Bombay plague: being a history of the progress of plague in the Bombay presidency from September 1896 to June 1899
Year: 1896
Disease focus: Plague
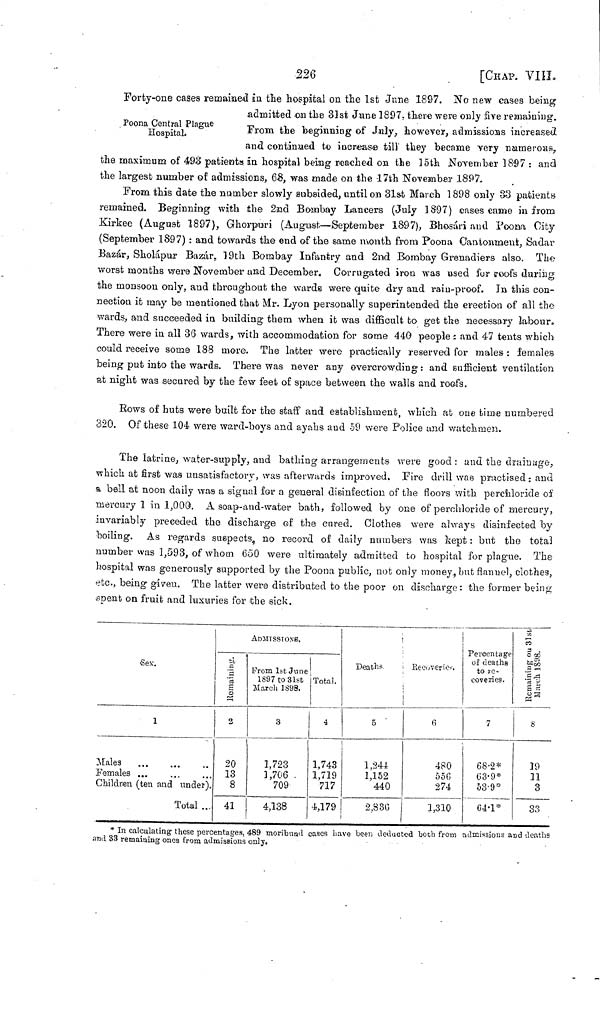
226
[CHAP. VIII.
Forty-one cases remained in the hospital on the 1st June 1897. No new cases being
Poona Central Plague
Hospital.
admitted on the 33st June 1807, there were only five remaining.
From the beginning of July, however, admissions increased
and continued to increase till they became very numerous,
the maximum of 493 patients in hospital being reached on the 15th November 1897 : and
the largest number of admissions, 63, was made on the 17th November 1897.
From this date the number slowly subsided, until on 31st March 1898 only 33 patients
remained. Beginning with the 2nd Bombay Lancers (July 1897) cases came in from
Kirkee (August 1897), Ghorpuri (August—September 1897), Bhosári and Poona City
(September 1897) : and towards the end of the same month from Poona Cantonment, Sadar
Bazár, Sholapur Bazar, 19th Bombay Infantry and 2nd Bombay Grenadiers also. The
worst months were November and December, Corrugated iron was used for roofs during
the monsoon only, and throughout the wards were quite dry and rain-proof. In this con-
nection it may be mentioned that Mr. Lyon personally superintended the erection of all the
wards, and succeeded in building them when it was difficult to get the necessary labour.
There were in all 36 wards, with accommodation for some 440 people : and 47 tents which
could receive some 188 more. The latter were practically reserved for males : females
being put into the wards. There was never any overcrowding : and sufficient ventilation
at night was secured by the few feet of space between the walls and roofs.
Rows of huts were built for the staff and establishment, which at one time numbered
320. Of these 104 were ward-boys and ayahs and 59 were Police and watchmen.
The latrine, water-supply, and bathing arrangements were good : and the drainage,
which at first was unsatisfactory, was afterwards improved. Fire drill was practised : and
a bell at noon daily was a signal for a general disinfection of the floors with perchloride of
mercury 1 in 1,000. A soap-and-water bath, followed by one of perchloride of mercury,
invariably preceded the discharge of the cured. Clothes were always disinfected by
boiling. As regards suspects, no record of daily numbers was kept : but the total
number was 1,593, of whom 650 were ultimately admitted to hospital for plague. The
hospital was generously supported by the Poona public, not only money, but flannel, clothes,
etc., being given. The latter were distributed to the poor on discharge : the former being
spent on fruit and luxuries for the sick.
Sex.
1
Males ... ... ...
Females ... ... ...
Children (ten and under).
Total ...
Romaining
2
20
13
8
41
ADMISSIONS.
From 1st June
1897 to 31st
March 1893.
3
1,723
1,706.
709
4,138
Total.
4
1,743
1,719
717
4,179
Deaths
5
1,244
1,152
440
2,3 3G
Recoveries.
6
480
556
274
1,310
Percentage
of deaths
to re-
coveries.
7
68.2*
63.9*
53.9*
64.1*
Romaining on 31st March 1896.
8
19
11
3
33
* In calculating these percentages, 489 moribund cases have been deducted both from admissions and deaths
and 33 remaining ones from admissions only.